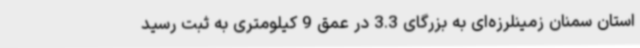
استان سمنان زمینلرزه‌ای به بزرگای 3.3 در عمق 9 کیلومتری به ثبت رسید